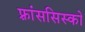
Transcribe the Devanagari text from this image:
फ़्रांससिस्को